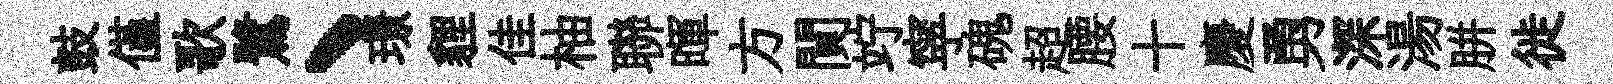
鼓僅歌鷺、璟貍佳柚聯暉方閴竚寜磈超腰十慶勇深湯胼徙